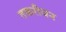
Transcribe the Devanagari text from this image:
तकरीवन